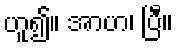
ဟူ၍။ အာဟ၊ ပြီ။